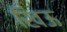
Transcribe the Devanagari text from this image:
खिऊ